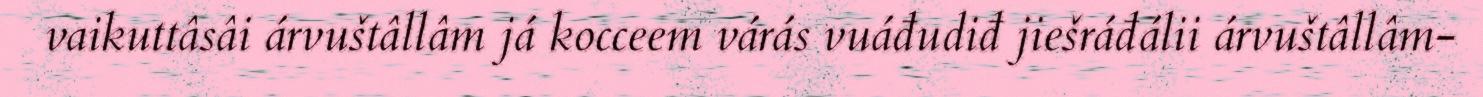
vaikuttâsâi árvuštâllâm já kocceem várás vuáđudiđ jiešráđálii árvuštâllâm-